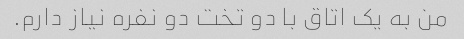
من به یک اتاق با دو تخت دو نفره نیاز دارم.